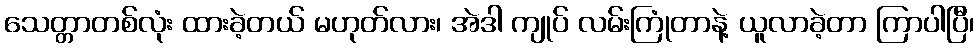
သေတ္တာတစ်လုံး ထားခဲ့တယ် မဟုတ်လား၊ အဲဒါ ကျုပ် လမ်းကြုံတာနဲ့ ယူလာခဲ့တာ ကြာပါပြီ၊